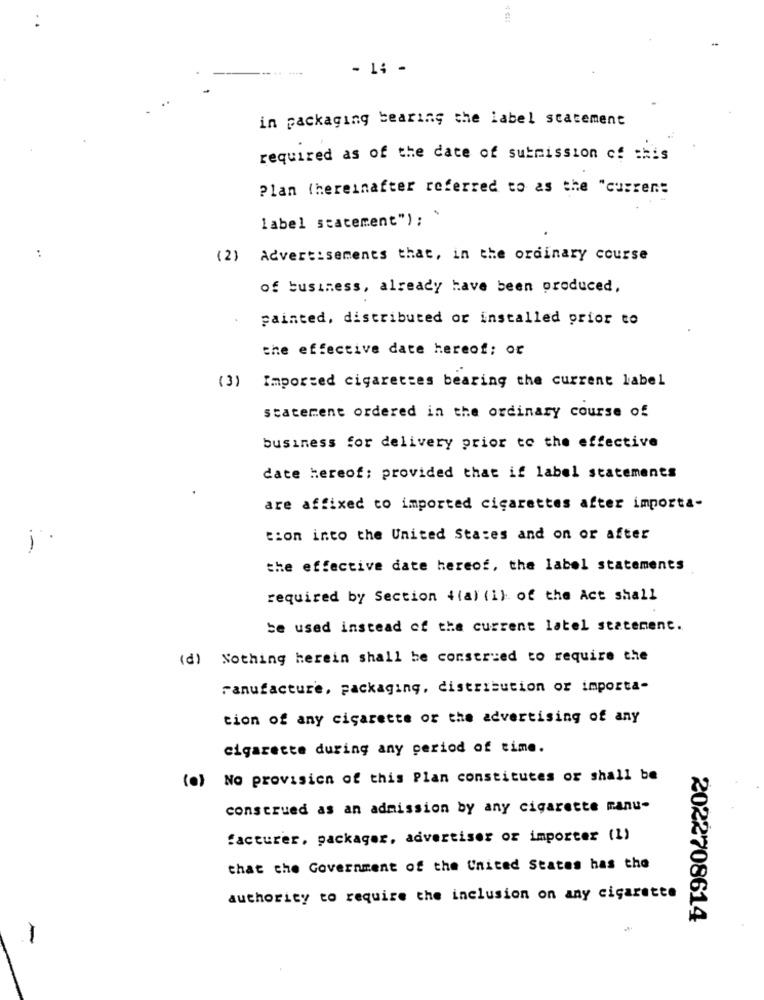
- 14 -
in packaging bearing the label statement
required as of the date of submission of this
Plan (hereinafter referred to as the "curren:
label statement"); '
:
(2) Advertisements that, in the ordinary course
of business, already have been produced,
painted, distributed or installed prior to
the effective date hereof; or
(3) Imported cigarettes bearing the current label
statement ordered in the ordinary course of
business for delivery prior to the effective
date hereof: provided that if label statements
are affixed to imported cigarettes after importa-
tion into the United States and on or after
.-
the effective date hereof, the label statements
required by Section 4(a) (i) of the Act shall
be used instead of the current latel statement.
(d) Nothing herein shall be construed to require the
Manufacture, packaging, distribution or importa-
tion of any cigarette or the advertising of any
cigarette during any period of time.
(o) No provision of this Plan constitutes or shall be
construed as an admission by any cigarette manu-
facturer, packager, advertiser or importer (1)
that the Government of the United States has the
authority to require the inclusion on any cigarette
2022708614